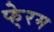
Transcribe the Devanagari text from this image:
फे्रम